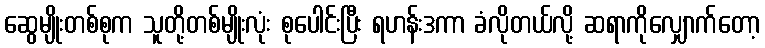
ဆွေမျိုးတစ်စုက သူတို့တစ်မျိုးလုံး စုပေါင်းပြီး ရဟန်းဒကာ ခံလိုတယ်လို့ ဆရာကိုလျှောက်တော့